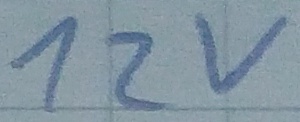
Text: 12v